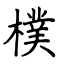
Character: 樸